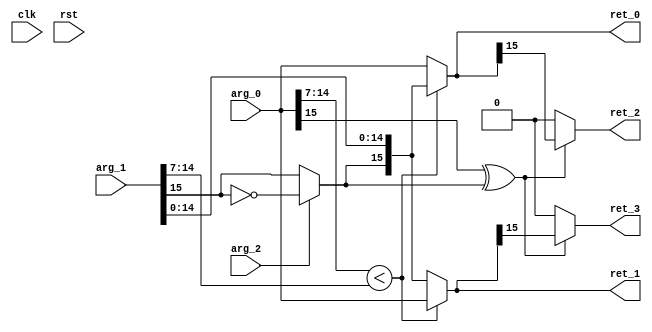
module FP16BAddSubS0Of5(
 input 	       clk,
 input 	       rst,
 input [15:0]  arg_0,
 input [15:0]  arg_1,
 input 	       arg_2,
 output [15:0] ret_0,
 output [15:0] ret_1,
 output        ret_2,
 output        ret_3);
   wire [15:0] x;
   wire [15:0] y;
   wire        is_sub;
   wire        ys;
   wire        yys;
   wire [15:0] yy;
   wire        diff_sign;
   wire [7:0]  xe;
   wire [7:0]  ye;
   wire        swap;
   wire        neg_lhs;
   wire        neg_rhs;
   wire [15:0] lhs;
   wire [15:0] rhs;
   assign x = arg_0;
   assign y = arg_1;
   assign is_sub = arg_2;
   assign ys = y[15];
   assign yys = is_sub ? ~ys : ys;
   assign yy = {yys, y[14:0]};
   assign xe = x[14:7];
   assign ye = y[14:7];
   assign diff_sign = x[15] ^ yy[15];
   assign swap = xe < ye;
   assign lhs = swap ? yy : x;
   assign rhs = swap ? x : yy;
   assign neg_lhs = diff_sign ? lhs[15] : 0;
   assign neg_rhs = diff_sign ? rhs[15] : 0;
   assign ret_0 = lhs;
   assign ret_1 = rhs;
   assign ret_2 = neg_lhs;
   assign ret_3 = neg_rhs;
endmodule